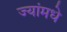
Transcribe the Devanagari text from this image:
ज्यांमधे